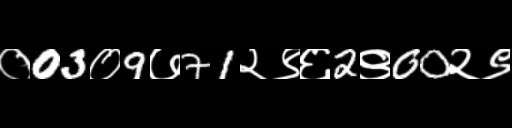
Text: ०03०9७71२९६2९00२९